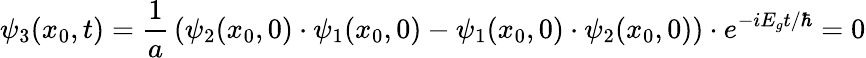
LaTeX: \psi_{3}(x_{0},t)={\frac{1}{a}}\left(\psi_{2}(x_{0},0)\cdot\psi_{1}(x_{0},0)-\psi_{1}(x_{0},0)\cdot\psi_{2}(x_{0},0)\right)\cdot e^{-iE_{g}t/\hbar}=0